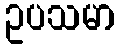
ဥပသမာ